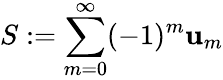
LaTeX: S:=\sum_{m=0}^{\infty}(-1)^{m}\mathbf{u}_{m}